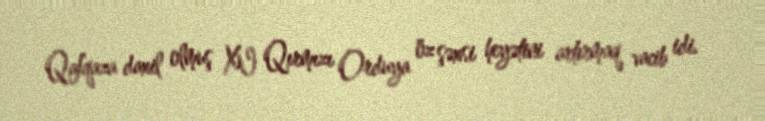
Qafqaza daxil olmuş XI Qırmızı Orduya öz şəxsi heyətini artırmaq vacib idi.